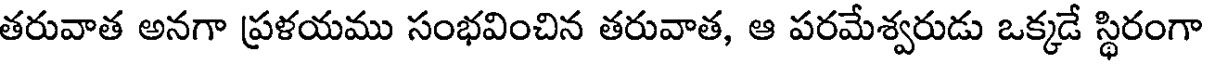
తరువాత అనగా ప్రళయము సంభవించిన తరువాత, ఆ పరమేశ్వరుడు ఒక్కడే స్థిరంగా